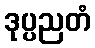
ဒုပ္ပညတံ